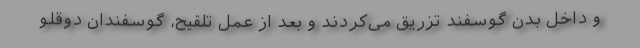
و داخل بدن گوسفند تزریق می‌کردند و بعد از عمل تلقیح، گوسفندان دوقلو